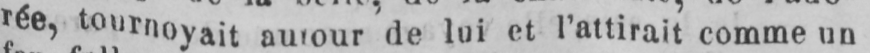
de lui et l’attirait comme un